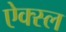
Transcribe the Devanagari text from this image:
ऐक्स्ल